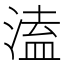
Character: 溘